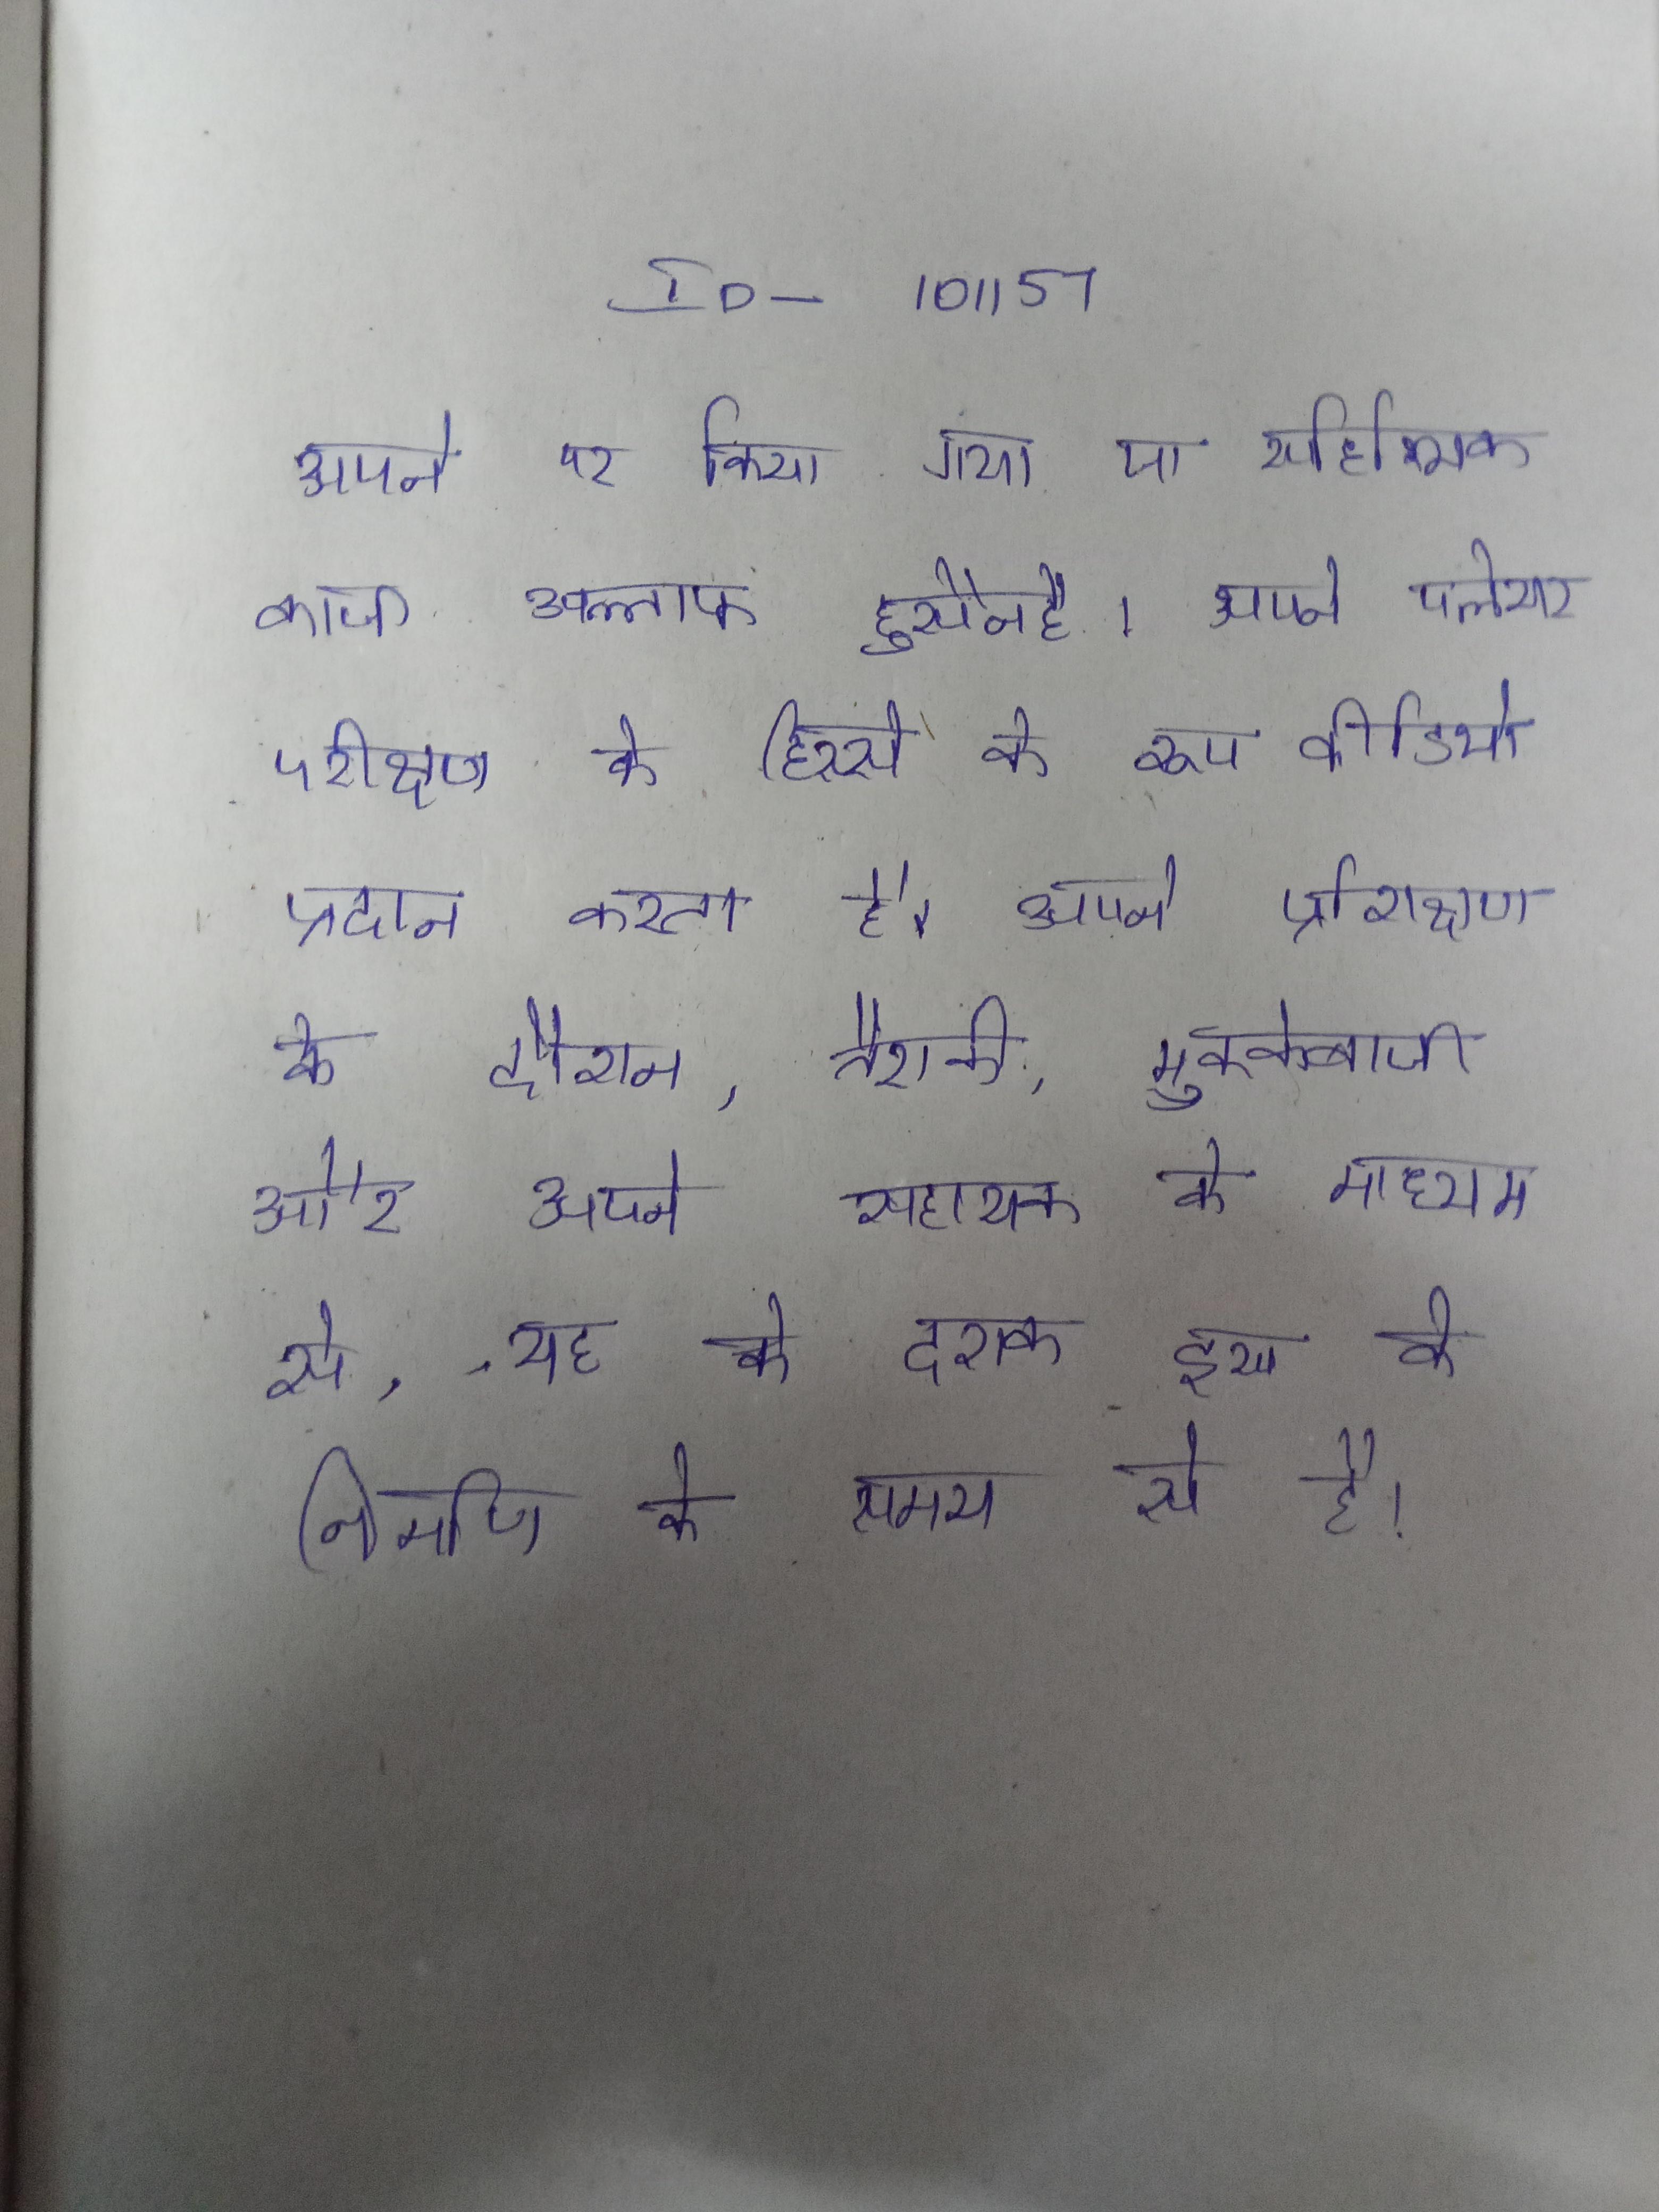
अपने पर किया गया था साहित्यिक काजी अल्ताफ हुसैनहै । अपने प्लेयर परीक्षण के हिस्से के रूप वीडियो प्रदान करता है । अपने प्रशिक्षण के दौरान, तैराकी, मुक्केबाजी और सहित कई उत्कृष्ट प्रदर्शन किया । अपने सहायक के माध्यम से, यह के दशक इस के निर्माण के समय से है ।